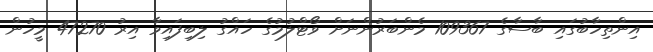
އިންތިހާބުގައި ބާސާގެ 109367 މެންބަރުންނަށް ވޯޓްލުމުގެ ހައްގު ލިބިފައިވާ އިރު 47270 މީހުން